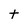
Character: t